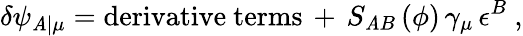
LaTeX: \delta\psi_{\mathit{A}\vert\mu}=\mathrm{{derivative~terms}}\, +\, S_{\mathit{A}B}\left(\phi\right)\, \gamma_{\mu}\, \epsilon^{B}~,